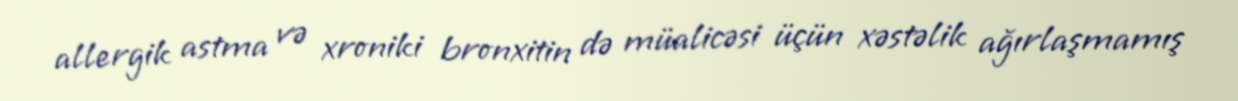
allergik astma və xroniki bronxitin də müalicəsi üçün xəstəlik ağırlaşmamış